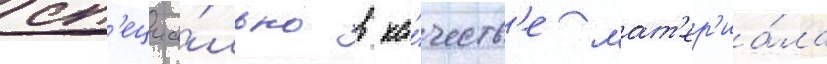
сп'ециа́льно в ка́честв'е мат'ер'иа́ла